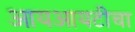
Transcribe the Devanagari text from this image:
आयआयटीचा